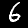
Label: 6